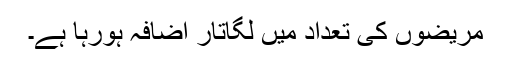
مریضوں کی تعداد میں لگاتار اضافہ ہورہا ہے۔